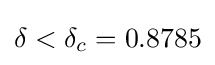
\delta <\delta _{c}=0.8785